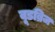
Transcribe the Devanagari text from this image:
वूडब्रिज